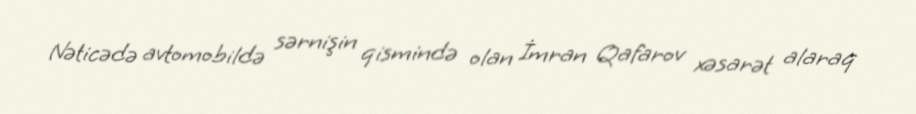
Nəticədə avtomobildə sərnişin qismində olan İmran Qafarov xəsarət alaraq